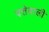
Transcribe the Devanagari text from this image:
पत्तेवाली